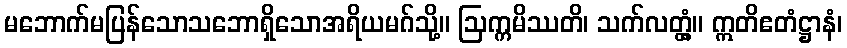
မဘောက်မပြန်သောသဘောရှိသောအရိယမဂ်သို့။ ဩက္ကမိဿတိ၊ သက်လတ္တံ့။ ဣတိဧတံဋ္ဌာနံ၊